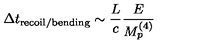
\Delta t _ { \mathrm { r e c o i l / b e n d i n g } } \sim \frac { L } { c } \frac { E } { M _ { p } ^ { ( 4 ) } }